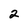
Character: 2